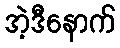
အဲ့ဒီနောက်